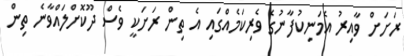
ރަށަށް ވާއިރު އެމަނިކުފާނުގެ ވެރިކަމެއްގައި އެ ތިން ރަށަކީ ވެސް ދޫކޮށްލައްވާނެ ތިން